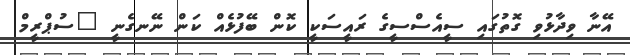
އޭނާ ވިދާޅުވި ގޮތުގައި ސީއެސްސީގެ ރައީސަކީ ކޮން ބޭފުޅެއް ކަން ނޭނގެނީ "ސުޕްރީމް